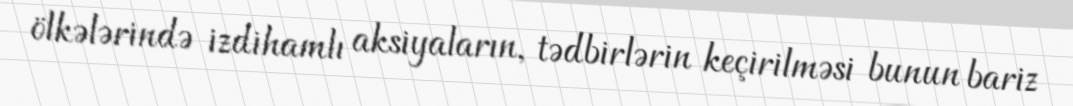
ölkələrində izdihamlı aksiyaların, tədbirlərin keçirilməsi bunun bariz